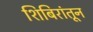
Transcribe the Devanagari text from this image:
शिबिरांतून